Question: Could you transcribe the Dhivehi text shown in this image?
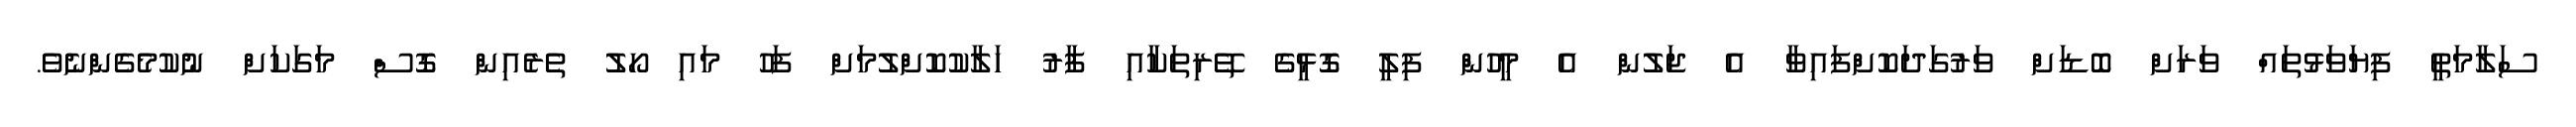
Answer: ސަލާމަތީ ފިޔަވަޅުތައް ވަރަށް ބޮޑަށް ވަރުގަދަކޮށްފައިވާ އެ ޖަލުން އެ މީހުންް ފިލީ ގޮޅީގެ ތޭރިތަކާއި ފާރު ހަލާކުކޮށްލުމަށް ފަހު މައި ހޯލު ތެރެއިން ގޮސް މަގަކަށް ނުކުމެގެންނެވެ.